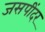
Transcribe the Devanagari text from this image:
जसपींदर